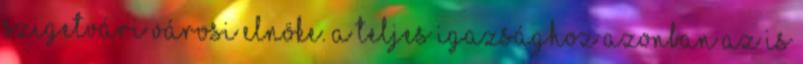
szigetvári városi elnöke. A teljes igazsághoz azonban az is